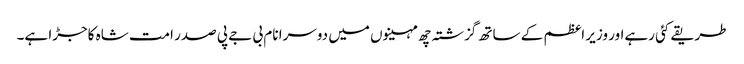
طریقے کئی رہےاور وزیر اعظم کے ساتھ گزشتہ چھ مہینوں میں دوسرا نام بی جے پی صدر امت شاہ کاجڑا ہے۔